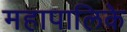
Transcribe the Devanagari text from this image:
महापालिके